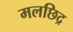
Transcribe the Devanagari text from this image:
मलछिद्र